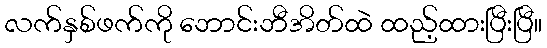
လက်နှစ်ဖက်ကို ဘောင်းဘီအိတ်ထဲ ထည့်ထားပြီးပြီ။